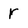
Character: r